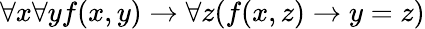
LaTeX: \forall x\forall yf(x,y)\rightarrow\forall z(f(x,z)\rightarrow y=z)